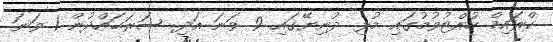
ކްރައިމް ހުއްޓުވުމުގައި މުޅި ދުނިޔޭގައި 9 ވަނަ އަދި ސަރަޙައްދުން 1 ވަނަ